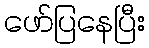
ဖော်ပြနေပြီး